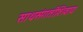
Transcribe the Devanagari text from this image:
साथसंगतीशिवाय